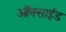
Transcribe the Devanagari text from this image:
ऑक्साई़ड